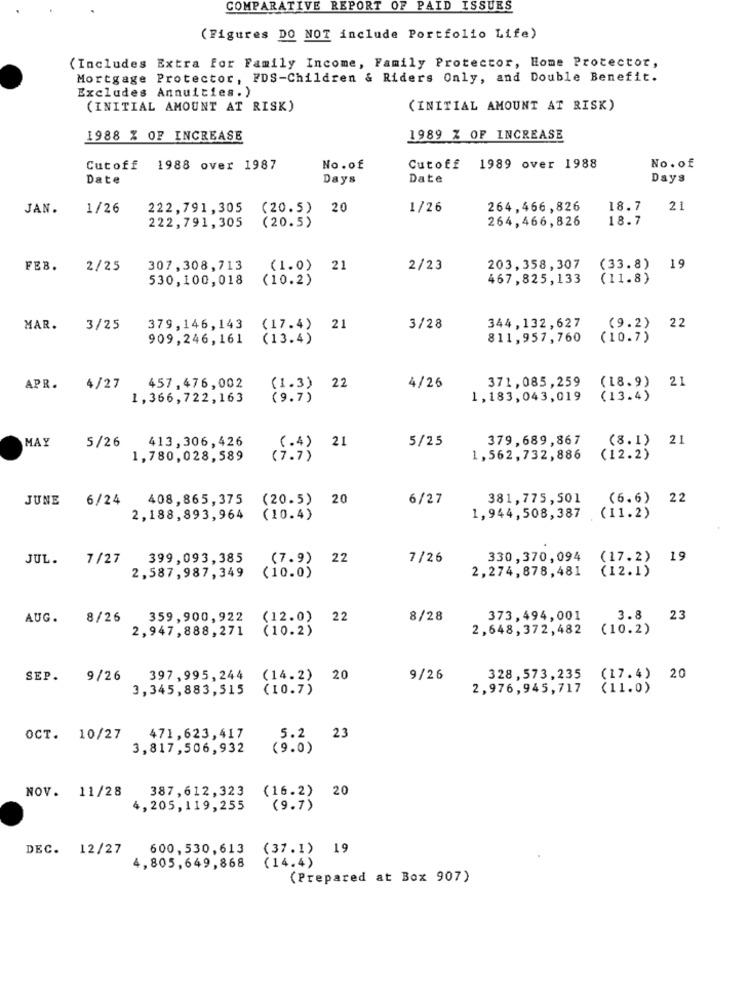
COMPARATIVE REPORT OF PAID ISSUES
(Figures DO NOT include Portfolio Life)
(Includes
Extra for Family Income, Family Protector, Home Protector,
Mortgage Protector, FDS-Children & Riders Only, and Double Benefit.
Excludes Annuities. )
(INITIAL AMOUNT AT RISK)
(INITIAL AMOUNT AT RISK)
1988 % OF INCREASE
1989 % OF INCREASE
Cutoff
1988 over 1987
No.of
Cutoff
1989 over 1988
No.of
Date
Days
Date
Days
JAN.
1/26
222,791,305
(20.5)
20
1/26
264,466, 826
18.7
21
(20.5)
264,466, 826
18.7
222,791, 305
FEB.
2/25
307,308,713
(1.0) 2
2/23
203, 358 , 307
(33.8)
19
530,100,018
(10.2)
467,825, 133
(11.8)
344,132,627
(9.2)
22
MAR.
3/25
379,146,143
(17.4) 2
3/28
909,246, 161
(13.4)
811,957,760
(10.7)
457, 476,002
371,085,259
(18.9)
21
APR.
4/27
(1.3)
22
4/26
1,366,722,163
(9.7)
1,183,043,019
(13.4)
MAY
5/26
413,306,426
5/25
379,689,867
(8.1)
21
(.4)
1,780,028,589
(7.7)
1,562, 732, 886
(12.2)
JUNE
6/24
408,865,375
(20.5)
20
6/27
381,775,501
(6.6)
22
2,188,893,964
(10.4)
1,944,508,387
(11.2)
JUL.
7/27
399,093,385
(7.9) 22
7/26
330,370,094
(17.2)
19
(10.0)
2,274,878,481
(12.1)
2,587,987,349
AUG.
8/26
359, 900, 922
(12.0) 22
8/28
373,494,001
3.8
23
2,947,888,271
(10.2)
2,648,372,482
(10.2)
SEP.
9/26
397, 995, 244
(14.2) 2
9/26
328,573,235
(17.4)
20
3,345,883,515
(10.7)
2,976,945,717
(11.0)
OCT. 10/27
471,623,417
5.2 23
3,817,506,932
(9.0)
NOV. 11/28
387,612,323
(16.2) 20
4,205,119,255
(9.7)
DEC. 12/27
600,530,613
(37.1)
19
(14.4)
4, 805, 649, 868
(Prepared at Box 907)